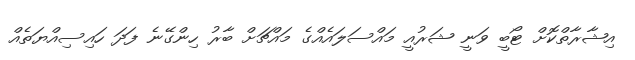
އިޝާރާތްކޮށް ޓޯބީ ވަނީ ޝަރުއީ މައްސަލައެއްގެ މައްޗަށް ބާރު ހިންގޭނެ ފަދަ ހައިސިއްޔަތެއް